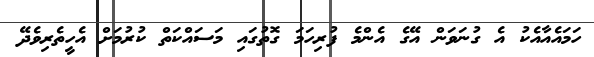
ހަމައެއާއެކު އެ ގުނަވަން އޭގެ އެންމެ ފުރިހަމަ ގޮތުގައި މަސައްކަތް ކުރުމަށް އެހީތެރިވެދޭ